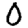
Digit: 0